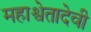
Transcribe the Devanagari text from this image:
महाश्वेतादेवी